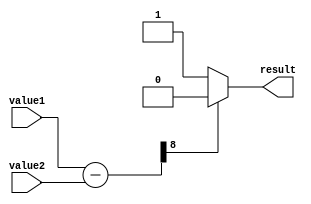
module greater_than_equal_to_comparator (
    input signed [7:0] value1,
    input signed [7:0] value2,
    output reg result
);

//Perform subtraction operation to determine if value1 >= value2
wire signed [8:0] difference;
assign difference = value1 - value2;

//Check if MSB of difference is 0 (value1 >= value2) 
always @* begin
    if(difference[8] == 0)
        result = 1;
    else
        result = 0;
end

endmodule